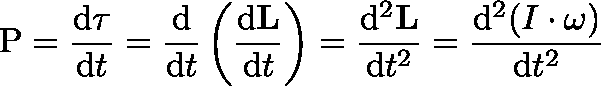
\mathbf { \mathrm { P } } = { \frac { \mathrm { d } \mathbf { \tau } } { \mathrm { d } t } } = { \frac { \mathrm { d } } { \mathrm { d } t } } \left( { \frac { \mathrm { d } \mathbf { L } } { \mathrm { d } t } } \right) = { \frac { \mathrm { d } ^ { 2 } \mathbf { L } } { \mathrm { d } t ^ { 2 } } } = { \frac { \mathrm { d } ^ { 2 } ( I \cdot \mathbf { \omega } ) } { \mathrm { d } t ^ { 2 } } }